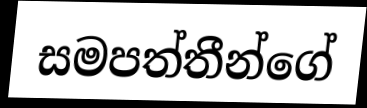
සමපත්තීන්ගේ